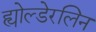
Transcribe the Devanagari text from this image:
ह्योल्डेरलिन